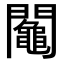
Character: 𨷟